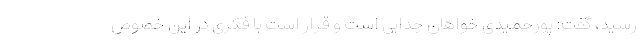
رسید، گفت: پورحمیدی خواهان جدایی است و قرار است با فکری در این خصوص